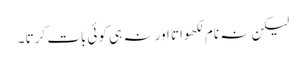
لیکن نہ نام لکھواتا اور نہ ہی کوئی بات کرتا ۔